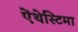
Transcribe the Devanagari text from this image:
ऐंथेस्टिमा